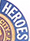
HEROES